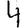
Digit: 4